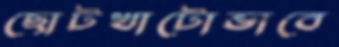
ছোটখাটোভাবে